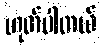
ဟုတ်ပါတယ်